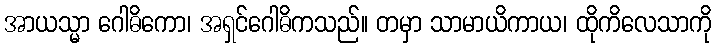
အာယသ္မာ ဂေါဓိကော၊ အရှင်ဂေါဓိကသည်။ တမှာ သာမာယိကာယ၊ ထိုကိလေသာကို